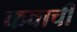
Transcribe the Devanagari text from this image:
कवाची